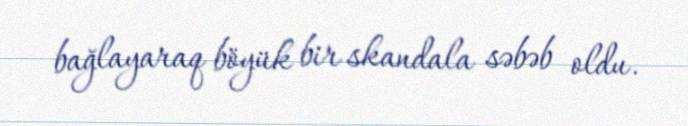
bağlayaraq böyük bir skandala səbəb oldu.